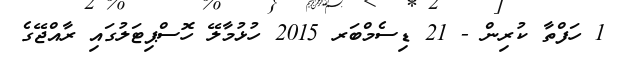
1 ހަފްތާ ކުރިން - 21 ޑިސެމްބަރ 2015 ހުޅުމާލޭ ހޮސްޕިޓަލުގައި ރާއްޖޭގެ